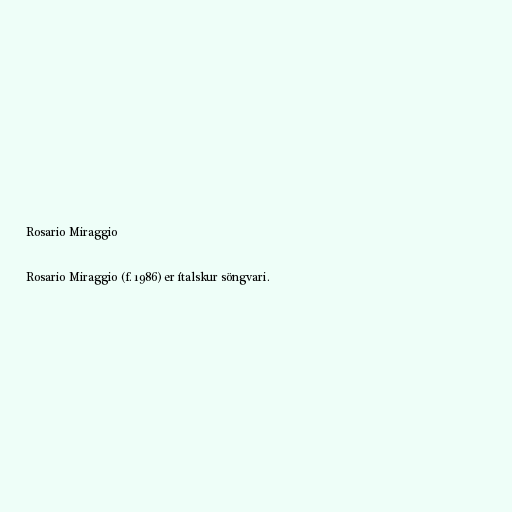
Rosario Miraggio

Rosario Miraggio (f. 1986) er ítalskur söngvari.